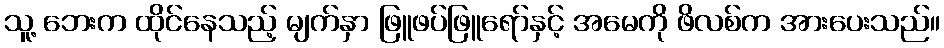
သူ့ ဘေးက ထိုင်နေသည့် မျက်နှာ ဖြူဖပ်ဖြူရော်နှင့် အမေကို ဖိလစ်က အားပေးသည်။